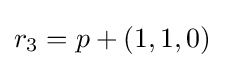
r_{3}=p+(1,1,0)